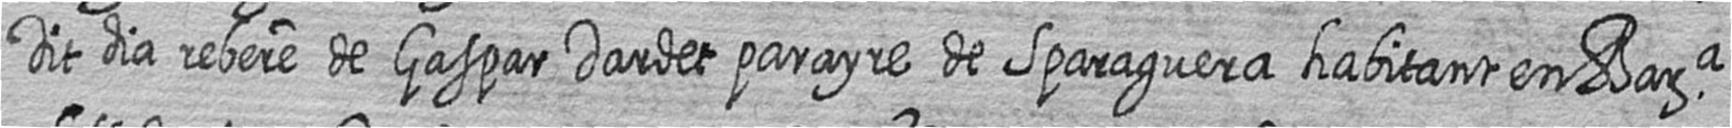
Dit dia rebere de Gaspar Dardet parayre de Sparaguera habitant en Bara